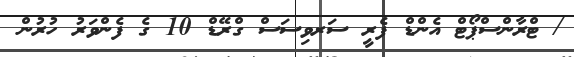
/ ޓްރާންސްޕޯޓް އެންޑް ފެރީ ސަރވިސަސް ގްރޭޑް 10 ގެ ފެންވަރު ހުރުން